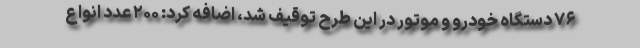
۷۶ دستگاه خودرو و موتور در این طرح توقیف شد، اضافه کرد: ۲۰۰ عدد انواع